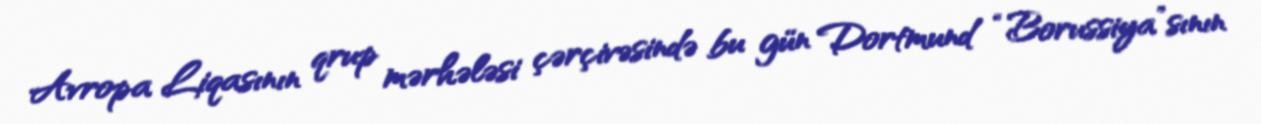
Avropa Liqasının qrup mərhələsi çərçivəsində bu gün Dortmund “Borussiya”sının